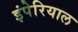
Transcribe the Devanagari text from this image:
इंपेरियाल